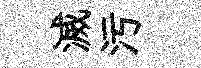
滅污